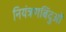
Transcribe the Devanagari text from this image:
नियंत्रणबिंदुओं